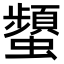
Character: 𧔪